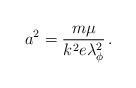
\begin{align*}a^{2}=\frac{m\mu }{k^{2}e\lambda ^{2}_{\phi }}\, .\end{align*}